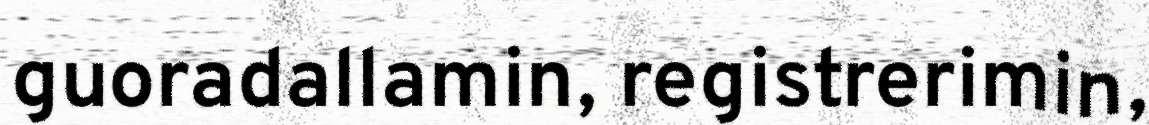
guoradallamin, registrerimin,